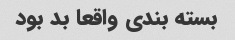
بسته بندی واقعا بد بود